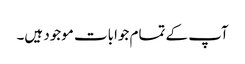
آپ کے تمام جوابات موجود ہیں۔